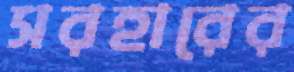
সরহারের